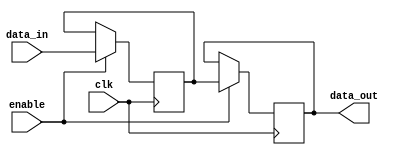
module memory_block(
    input wire clk,           // Global clock signal
    input wire enable,        // Enable signal for the memory block
    input wire [7:0] data_in, // Data input
    output reg [7:0] data_out // Data output
);

    // Memory storage (8-bit wide, 16 entries)
    reg [7:0] memory [15:0];
    
    // Memory operation: Write on the rising edge of the clock if enabled
    always @(posedge clk) begin
        if (enable) begin
            // Example operation: write data to memory
            memory[0] <= data_in; // Writing to the first address as an example
        end
    end
    
    // Read operation: Output data from memory
    always @(posedge clk) begin
        if (enable) begin
            data_out <= memory[0]; // Reading from the first address as an example
        end
    end

endmodule